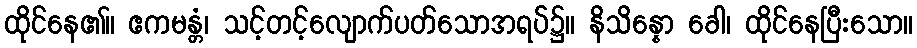
ထိုင်နေ၏။ ဧကမန္တံ၊ သင့်တင့်လျောက်ပတ်သောအရပ်၌။ နိသိန္နော ခေါ၊ ထိုင်နေပြီးသော။